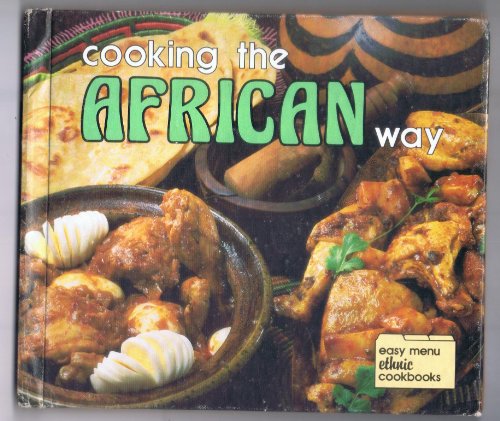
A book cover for Cooking the African Way (Easy Menu Ethnic Cookbooks); Bertha Vining Montgomery; Teen & Young Adult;